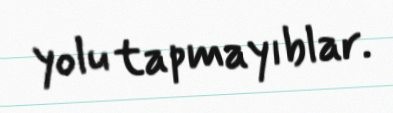
yolu tapmayıblar.